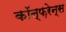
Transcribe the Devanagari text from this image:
कॉन्फ़रेन्स